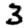
Digit: 3